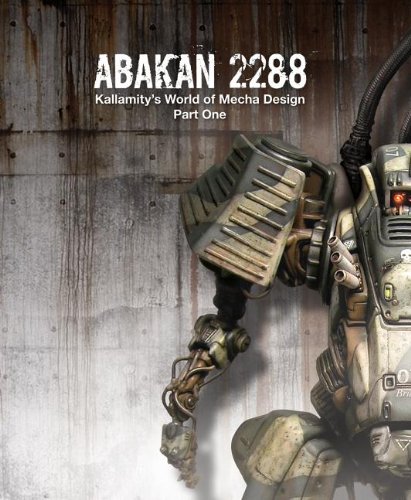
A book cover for ABAKAN 2288: kallamity's world of mecha design part one; Arts & Photography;